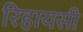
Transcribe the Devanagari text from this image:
रिहायसी